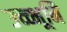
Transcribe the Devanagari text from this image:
उच्च्भूमि